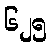
၆၂၅